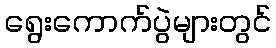
ရွေးကောက်ပွဲများတွင်